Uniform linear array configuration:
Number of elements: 8
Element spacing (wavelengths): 0.5
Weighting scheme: cosine
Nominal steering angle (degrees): -30
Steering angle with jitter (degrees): -29.582
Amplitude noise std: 0.05
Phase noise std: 0.05

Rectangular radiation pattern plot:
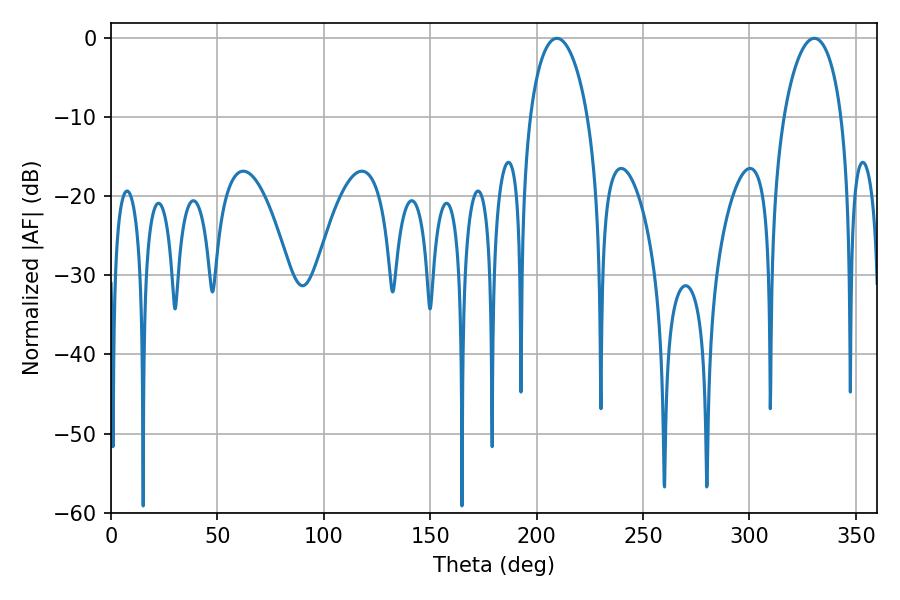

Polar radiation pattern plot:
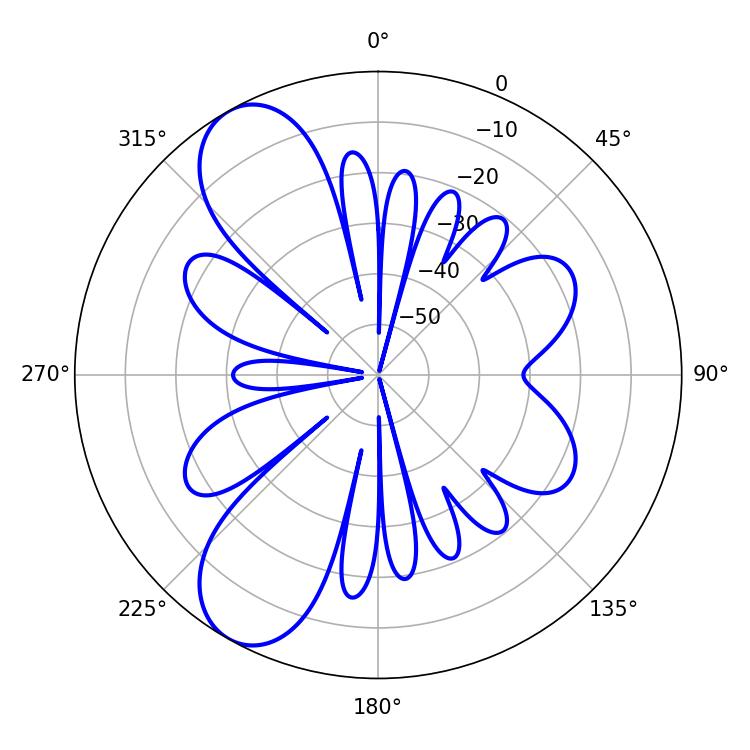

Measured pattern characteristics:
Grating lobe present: FALSE
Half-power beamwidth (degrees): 15.48
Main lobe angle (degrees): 330.48